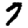
Digit: 7